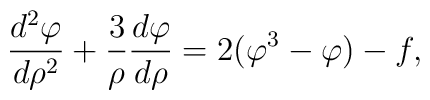
{d^2\varphi \over d\rho^2}+ {3 \over \rho} {d\varphi \over d\rho} = 2(\varphi^3-\varphi)-f ,